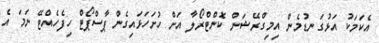
އެކަމަކު އަޅުގަނޑުމެން އިމިގްރޭޝަން ކޮންޓްރޯލާ އަށް ހުށަހަޅައިގެން ޕާސްޕޯޓް ހިފެހެއްޓޭ ނަމަ އެ